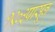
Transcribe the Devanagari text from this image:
१९०३पासून